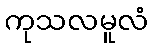
ကုသလမူလံ